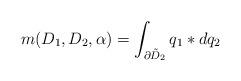
LaTeX: \begin{align*} m(D_1,D_2,\alpha) = \int_{\partial \tilde{D}_2} q_1 \ast dq_2 \end{align*}